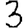
Digit: 3